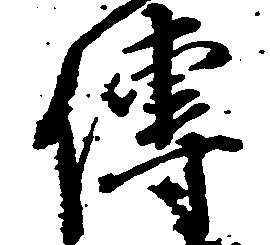
伝